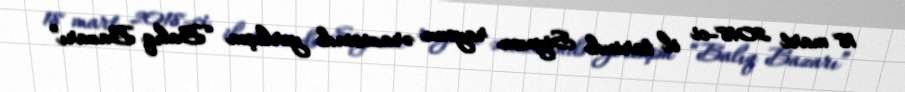
18 mart 2018-ci il tarixdə Siyəzən rayonu ərazisində yerləşən “Balıq Bazarı”